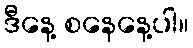
ဒီနေ့ စနေနေ့ပါ။